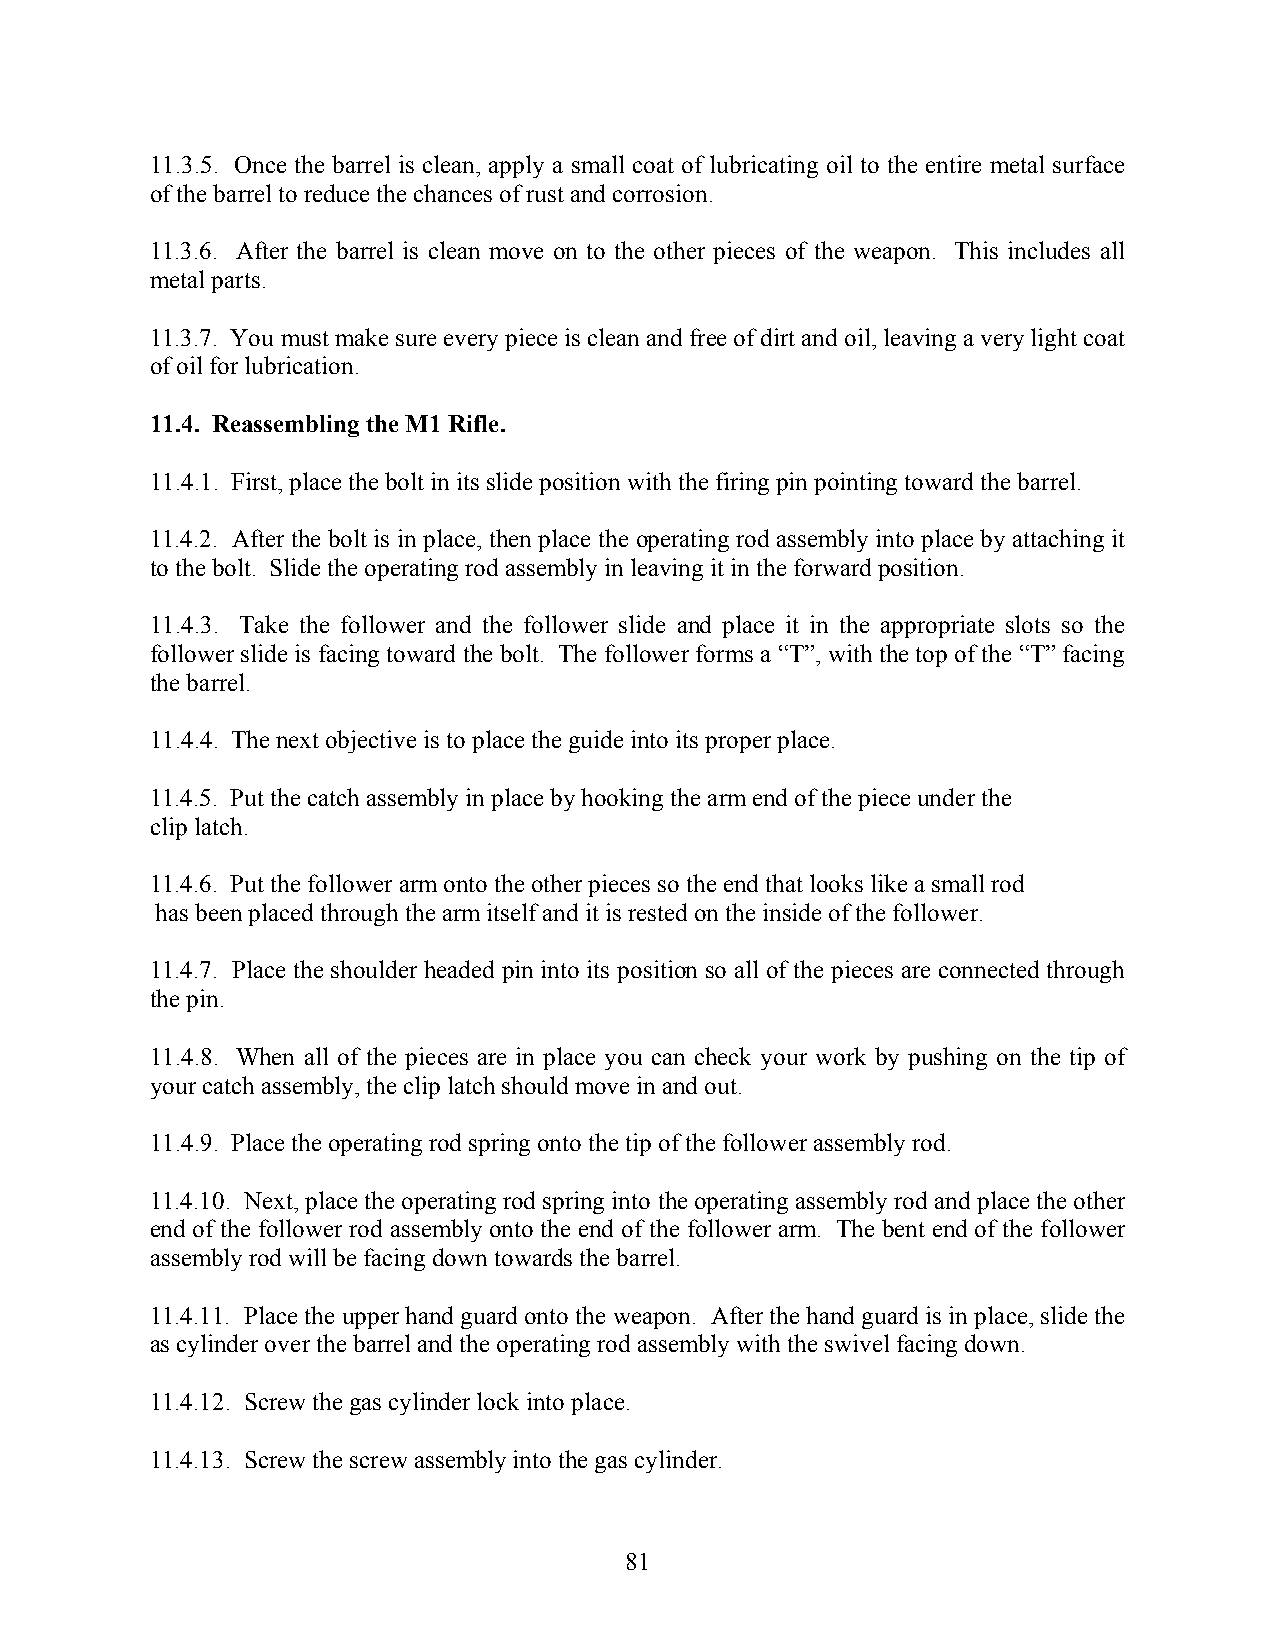
11.3.5. Once the barrel is clean, apply a small coat of lubricating oil to the entire metal surface
 of the barrel to reduce the chances of rust and corrosion.
 11.3.6. After the barrel is clean move on to the other pieces of the weapon. This includes all
 metal parts.
 11.3.7. You must make sure every piece is clean and free of dirt and oil, leaving a very light coat
 of oil for lubrication.
 11.4. Reassembling the M1 Rifle.
 11.4.1. First, place the bolt in its slide position with the firing pin pointing toward the barrel.
 11.4.2. After the bolt is in place, then place the operating rod assembly into place by attaching it
 to the bolt. Slide the operating rod assembly in leaving it in the forward position.
 11.4.3. Take the follower and the follower slide and place it in the appropriate slots so the
 follower slide is facing toward the bolt. The follower forms a “T”, with the top of the “T” facing
 the barrel.
 11.4.4. The next objective is to place the guide into its proper place.
 11.4.5. Put the catch assembly in place by hooking the arm end of the piece under the
 clip latch.
 11.4.6. Put the follower arm onto the other pieces so the end that looks like a small rod
 has been placed through the arm itself and it is rested on the inside of the follower.
 11.4.7. Place the shoulder headed pin into its position so all of the pieces are connected through
 the pin.
 11.4.8. When all of the pieces are in place you can check your work by pushing on the tip of
 your catch assembly, the clip latch should move in and out.
 11.4.9. Place the operating rod spring onto the tip of the follower assembly rod.
 11.4.10. Next, place the operating rod spring into the operating assembly rod and place the other
 end of the follower rod assembly onto the end of the follower arm. The bent end of the follower
 assembly rod will be facing down towards the barrel.
 11.4.11. Place the upper hand guard onto the weapon. After the hand guard is in place, slide the
 as cylinder over the barrel and the operating rod assembly with the swivel facing down.
 11.4.12. Screw the gas cylinder lock into place.
 11.4.13. Screw the screw assembly into the gas cylinder.
 81